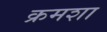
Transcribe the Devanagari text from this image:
क्रमशा